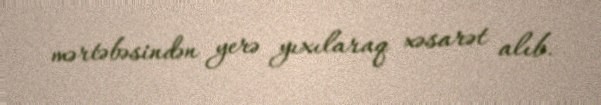
mərtəbəsindən yerə yıxılaraq xəsarət alıb.